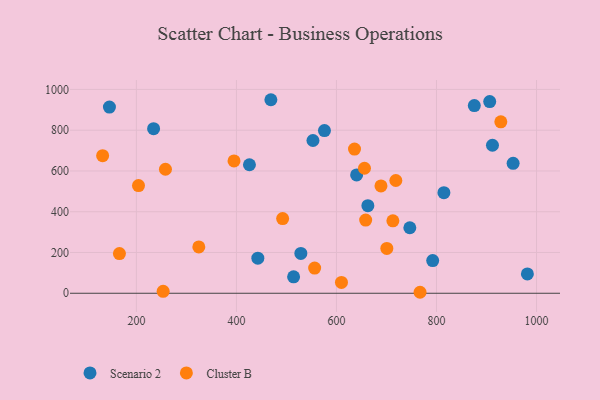
{"axis": {"x": "Investment", "y": "Rating"}, "legend": ["Cluster B", "Scenario 2"], "data": [{"x": "906.4", "y": 940.4, "type": "Scenario 2"}, {"x": "553.0", "y": 749.5, "type": "Scenario 2"}, {"x": "875.6", "y": 920.9, "type": "Scenario 2"}, {"x": "792.4", "y": 160.5, "type": "Scenario 2"}, {"x": "426.0", "y": 630.4, "type": "Scenario 2"}, {"x": "528.8", "y": 195.5, "type": "Scenario 2"}, {"x": "746.7", "y": 321.3, "type": "Scenario 2"}, {"x": "640.3", "y": 580.4, "type": "Scenario 2"}, {"x": "234.4", "y": 807.5, "type": "Scenario 2"}, {"x": "442.8", "y": 172.0, "type": "Scenario 2"}, {"x": "953.2", "y": 637.4, "type": "Scenario 2"}, {"x": "662.8", "y": 429.7, "type": "Scenario 2"}, {"x": "814.8", "y": 493.3, "type": "Scenario 2"}, {"x": "911.9", "y": 726.1, "type": "Scenario 2"}, {"x": "468.9", "y": 949.5, "type": "Scenario 2"}, {"x": "576.0", "y": 798.1, "type": "Scenario 2"}, {"x": "981.7", "y": 94.6, "type": "Scenario 2"}, {"x": "514.3", "y": 80.6, "type": "Scenario 2"}, {"x": "146.1", "y": 913.3, "type": "Scenario 2"}, {"x": "718.7", "y": 553.1, "type": "Cluster B"}, {"x": "767.1", "y": 4.8, "type": "Cluster B"}, {"x": "258.1", "y": 608.3, "type": "Cluster B"}, {"x": "253.5", "y": 9.3, "type": "Cluster B"}, {"x": "395.2", "y": 649.2, "type": "Cluster B"}, {"x": "712.8", "y": 355.5, "type": "Cluster B"}, {"x": "556.4", "y": 123.5, "type": "Cluster B"}, {"x": "658.4", "y": 358.8, "type": "Cluster B"}, {"x": "610.0", "y": 53.1, "type": "Cluster B"}, {"x": "132.5", "y": 675.2, "type": "Cluster B"}, {"x": "166.1", "y": 194.9, "type": "Cluster B"}, {"x": "492.4", "y": 366.3, "type": "Cluster B"}, {"x": "700.7", "y": 220.1, "type": "Cluster B"}, {"x": "656.0", "y": 613.2, "type": "Cluster B"}, {"x": "928.6", "y": 840.9, "type": "Cluster B"}, {"x": "204.2", "y": 528.2, "type": "Cluster B"}, {"x": "689.0", "y": 526.5, "type": "Cluster B"}, {"x": "324.8", "y": 227.1, "type": "Cluster B"}, {"x": "636.1", "y": 707.6, "type": "Cluster B"}]}